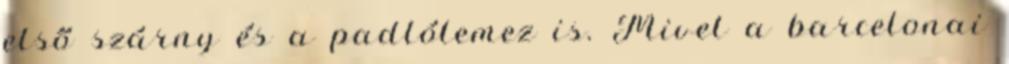
első szárny és a padlólemez is. Mivel a barcelonai